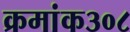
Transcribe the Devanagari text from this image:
क्रमांक३०८